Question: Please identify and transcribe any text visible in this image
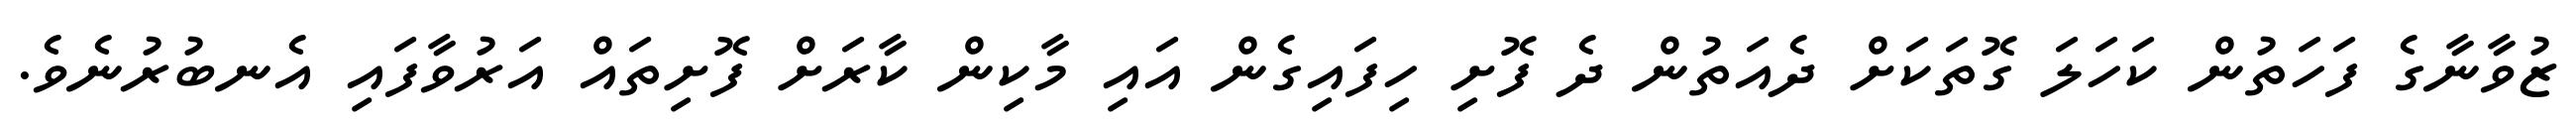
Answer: ޒުވާނާގެ ފަހަތުން ކަހަލަ ގޮތަކަށް ދެއަތުން ދެ ފޮށި ހިފައިގެން އައި މާކިން ކާރަށް ފޮށިތައް އަރުވާފައި އެނބުރުނެވެ.